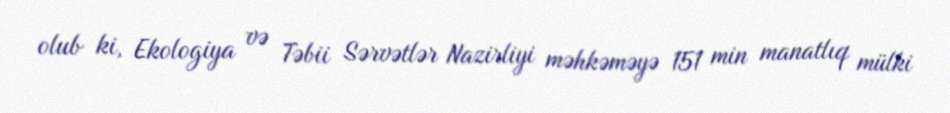
olub ki, Ekologiya və Təbii Sərvətlər Nazirliyi məhkəməyə 151 min manatlıq mülki